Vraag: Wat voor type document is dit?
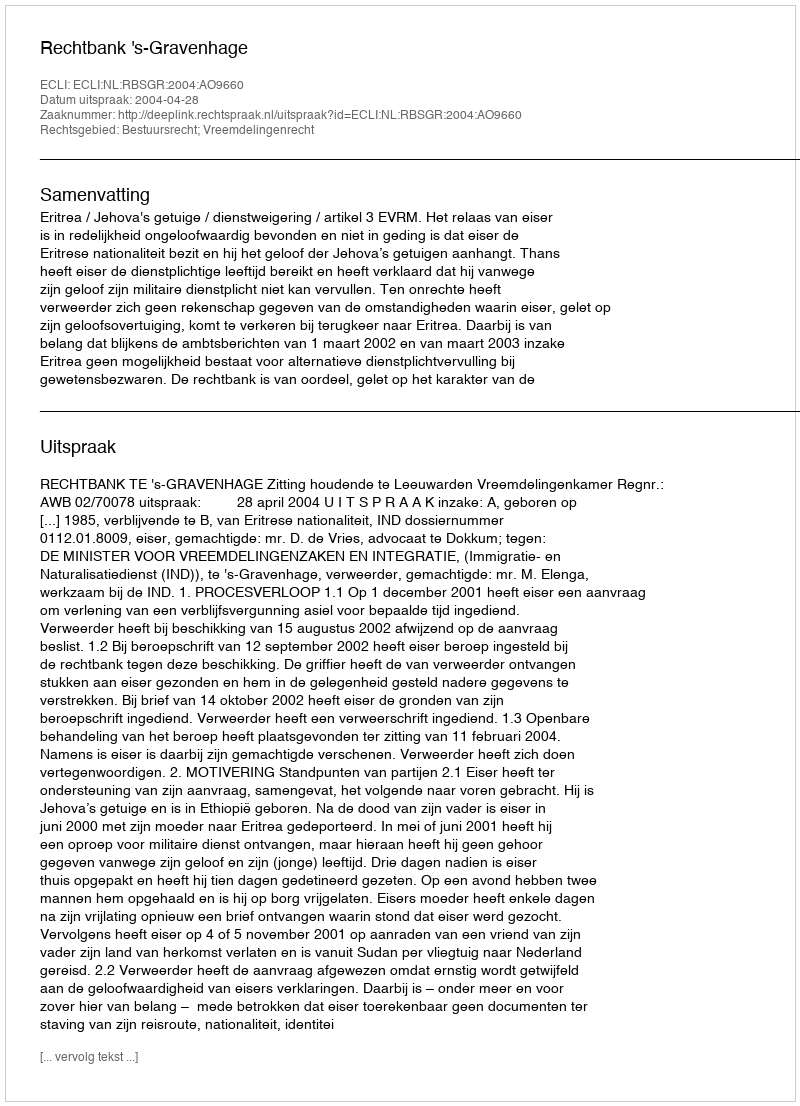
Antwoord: Uitspraak